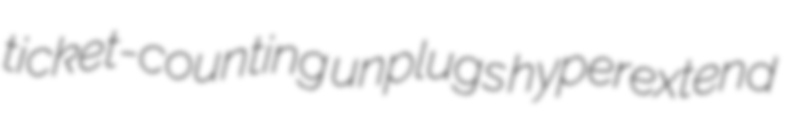
ticket-counting unplugs hyperextend